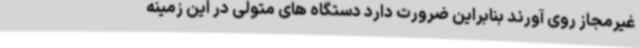
غیرمجاز روی آورند بنابراین ضرورت دارد دستگاه های متولی در این زمینه